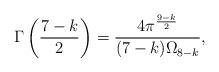
LaTeX: \begin{align*}\Gamma\left(\frac{7-k}{2}\right) = \frac{ 4 \pi^{\frac{9-k}{2}} }{ (7-k) \Omega_{8-k} },\end{align*}